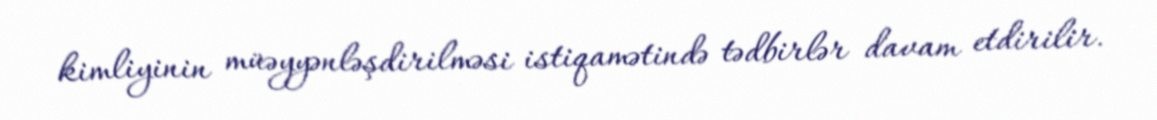
kimliyinin müəyyənləşdirilməsi istiqamətində tədbirlər davam etdirilir.